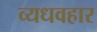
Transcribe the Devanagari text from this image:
व्यधवहार